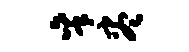
秉尽